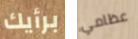
برأيك عظامي